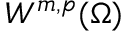
W ^ { m , p } ( \Omega )